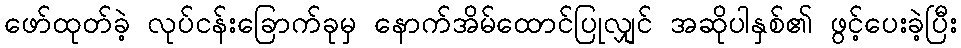
ဖော်ထုတ်ခဲ့ လုပ်ငန်းခြောက်ခုမှ နောက်အိမ်ထောင်ပြုလျှင် အဆိုပါနှစ်၏ ဖွင့်ပေးခဲ့ပြီး